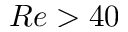
R e > 4 0